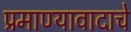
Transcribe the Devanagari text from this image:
प्रमाण्यावादाचे